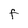
Character: F